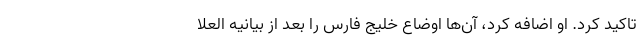
تاکید کرد. او اضافه کرد، آن‌ها اوضاع خلیج فارس را بعد از بیانیه العلا